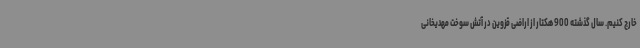
خارج کنیم. سال گذشته 900 هکتار از اراضی قزوین در آتش سوخت مهدیخانی